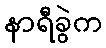
နာရီခွဲက